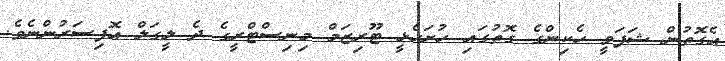
އެގޮތުން ޝަފަވީ ހެކިންގެ ގޮތުގައި ހުށަހެޅީ ޓޫރިޒަމް މިނިސްޓްރީގެ ދެ ލީގަލް އޮފިސަރުންނެވެ.